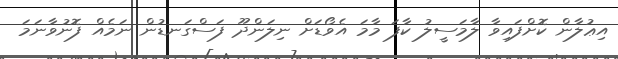
އިޢުލާން ކޮށްފައިވާ ލާމަސީލު ކާފަ މާމަ އެވޯޑަށް ނިލަންދޫ ފަސްގަނޑުން ނަމެއް ފޮނުވާނަމަ